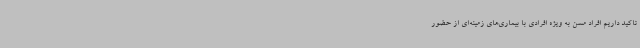
تاکید داریم افراد مسن به ویژه افرادی با بیماری‌های زمینه‌ای از حضور